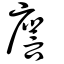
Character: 譍